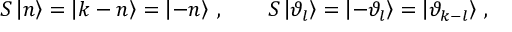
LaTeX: S \left| n \right\rangle = \left| k - n \right\rangle = \left| - n \right\rangle \: , \qquad S \left| \vartheta _ { l } \right\rangle = \left| - \vartheta _ { l } \right\rangle = \left| \vartheta _ { k - l } \right\rangle \, ,